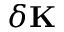
\delta \mathbf { K }